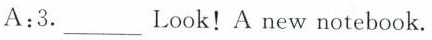
A:3.___Look! A new notebook.